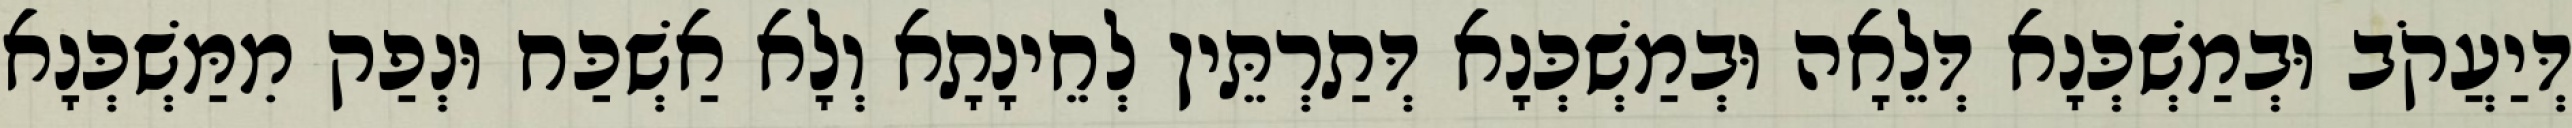
דְּיַעֲקֹב וּבְמַשְׁכְּנָא דְּלֵאָה וּבְמַשְׁכְּנָא דְּתַרְתֵּין לְחֵינָתָא וְלָא אַשְׁכַּח וּנְפַק מִמַּשְׁכְּנָא